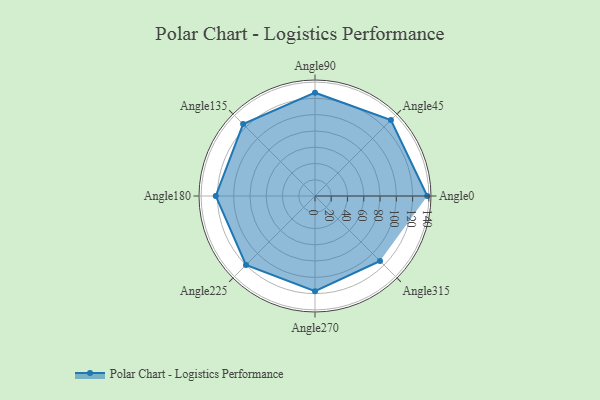
{"axis": {"x": "Angle", "y": "Radius"}, "legend": [""], "data": [{"x": "Angle0", "y": 138.0, "type": ""}, {"x": "Angle45", "y": 132.0, "type": ""}, {"x": "Angle90", "y": 127.0, "type": ""}, {"x": "Angle135", "y": 125.0, "type": ""}, {"x": "Angle180", "y": 122.0, "type": ""}, {"x": "Angle225", "y": 120.0, "type": ""}, {"x": "Angle270", "y": 117.0, "type": ""}, {"x": "Angle315", "y": 113.0, "type": ""}]}